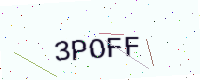
Text: 3POFF